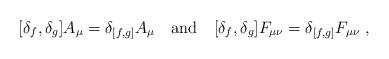
LaTeX: \begin{align*}[ \delta_f , \delta_g ] A_\mu = \delta_{[f,g]} A_\mu \quad {\rm and} \quad[ \delta_f , \delta_g ] F_{\mu \nu} = \delta_{[f,g]} F_{\mu \nu} \;,\end{align*}